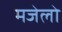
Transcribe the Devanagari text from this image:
मजेलो